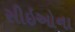
સીઇઓના